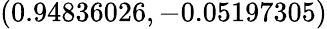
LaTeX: (0.94836026,-0.05197305)